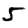
Digit: 5